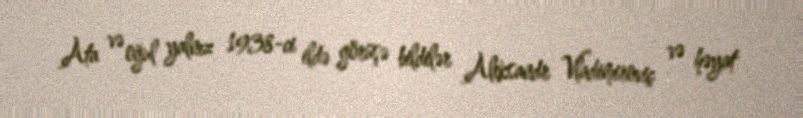
Ata və oğul yalnız 1938-ci ildə görüşə bildilər Aleksandr Vladimiroviç və həyat